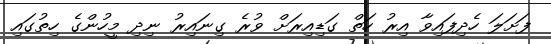
ފަށަލަ ހެދިފައިވާ އިރު ހަތް ގަޑިއިރަށް ވުރެ ގިނައިރު ނިދި މީހުންގެ ހިތުގައި